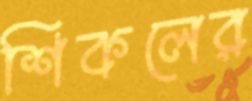
শিকলের